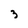
Character: 3